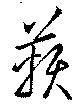
鞅